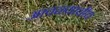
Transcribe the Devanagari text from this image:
आवळ्याचीच